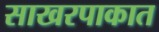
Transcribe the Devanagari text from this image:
साखरपाकात